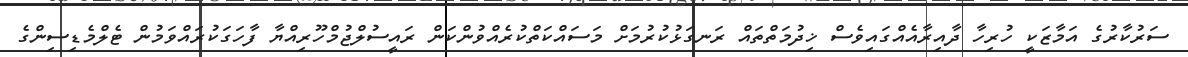
ސަރުކާރުގެ އަމާޒަކީ ހުރިހާ ދާއިރާއެއްގައިވެސް ޚިދުމަތްތައް ރަނގަޅުކުރުމަށް މަސައްކަތްކުރެއްވުންކަން ރައީސުލްޖުމްހޫރިއްޔާ ފާހަގަކުރައްވަމުން ޓެލްމެޑިސިންގެ